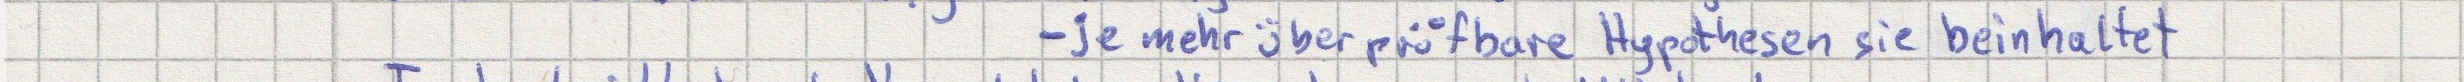
- je mehr überprüfbare Hypothesen sie beinhaltet